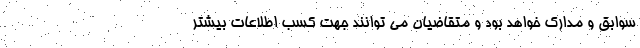
سوابق و مدارک خواهد بود و متقاضیان می توانند جهت کسب اطلاعات بیشتر